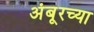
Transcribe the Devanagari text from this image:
अंबूरच्या